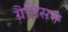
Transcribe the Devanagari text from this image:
ग्रैडिसन